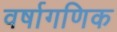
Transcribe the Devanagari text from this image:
वर्षागणिक